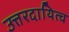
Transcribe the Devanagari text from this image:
उत्तरदायित्व